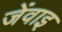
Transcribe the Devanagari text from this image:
जेंवाइ